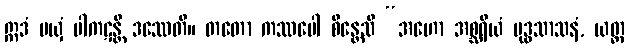
ဣဒံ မယှံ ပါကဋန္တိ ဒဿေတိ။ တတော ကဿပေါ စိန္တေသိ “အဟော အစ္ဆရိယံ ဗုဒ္ဓသာသနံ, ယတ္ထ